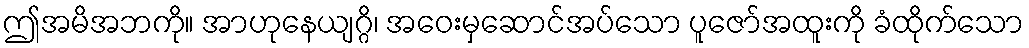
ဤအမိအဘကို။ အာဟုနေယျဂ္ဂိ၊ အဝေးမှဆောင်အပ်သော ပူဇော်အထူးကို ခံထိုက်သော